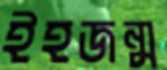
ইহজন্ম